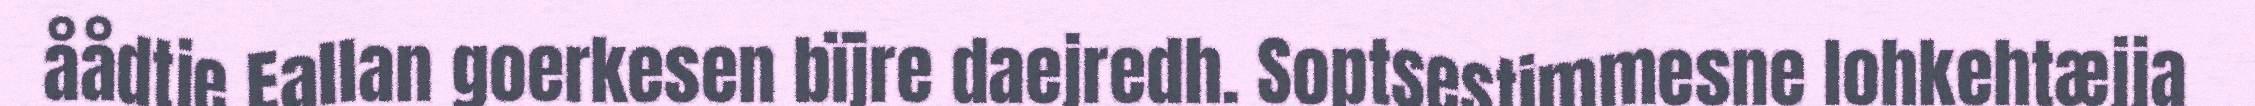
åådtje Eallan goerkesen bïjre daejredh. Soptsestimmesne lohkehtæjja